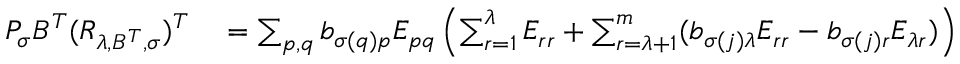
\begin{array} { r l } { P _ { \sigma } B ^ { T } ( R _ { \lambda , B ^ { T } , \sigma } ) ^ { T } } & { { } = \sum _ { p , q } b _ { \sigma ( q ) p } E _ { p q } \left( \sum _ { r = 1 } ^ { \lambda } E _ { r r } + \sum _ { r = \lambda + 1 } ^ { m } ( b _ { \sigma ( j ) \lambda } E _ { r r } - b _ { \sigma ( j ) r } E _ { \lambda r } ) \right) } \end{array}